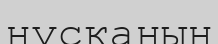
нусқаның